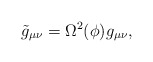
\begin{align*}\tilde{g}_{\mu\nu} = \Omega^2(\phi)g_{\mu\nu} ,\end{align*}